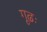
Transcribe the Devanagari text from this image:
गूढः